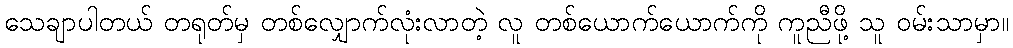
သေချာပါတယ် တရုတ်မှ တစ်လျှောက်လုံးလာတဲ့ လူ တစ်ယောက်ယောက်ကို ကူညီဖို့ သူ ဝမ်းသာမှာ။